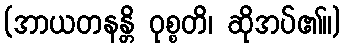
(အာယတနန္တိ ဝုစ္စတိ၊ ဆိုအပ်၏။)